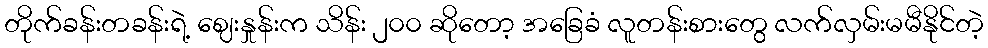
တိုက်ခန်းတခန်းရဲ့ ဈေးနှုန်းက သိန်း ၂၀၀ ဆိုတော့ အခြေခံ လူတန်းစားတွေ လက်လှမ်းမမီနိုင်တဲ့